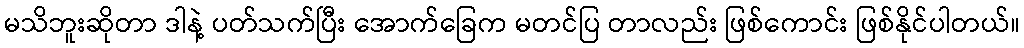
မသိဘူးဆိုတာ ဒါနဲ့ ပတ်သက်ပြီး အောက်ခြေက မတင်ပြ တာလည်း ဖြစ်ကောင်း ဖြစ်နိုင်ပါတယ်။